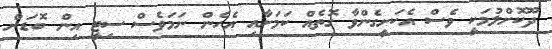
ދޫކޮށްލުމަކީ ވެސް އެކަށީގެންވާ ގޮތެއް ކަމަށާއި އެހެން ނަމަވެސް ސިޓީ އިން ބޮޑަށް